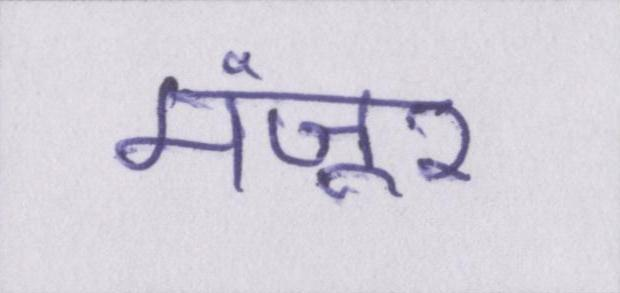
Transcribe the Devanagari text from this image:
मंज़ूर